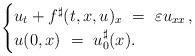
LaTeX: \begin{align*} \begin{cases} u_t + f^\sharp(t,x,u)_x~=~\varepsilon u_{xx}\,,\\ u(0,x)~=~u_0 ^\sharp(x). \end{cases}\end{align*}